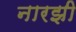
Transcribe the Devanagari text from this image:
नारझी